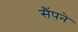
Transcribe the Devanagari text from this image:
सैंपने